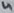
Text: 4